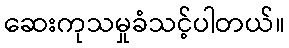
ဆေးကုသမှုခံသင့်ပါတယ်။